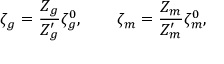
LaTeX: \zeta _ { g } = \frac { Z _ { g } } { Z _ { g } ^ { \prime } } \zeta _ { g } ^ { 0 } , \qquad \zeta _ { m } = \frac { Z _ { m } } { Z _ { m } ^ { \prime } } \zeta _ { m } ^ { 0 } ,